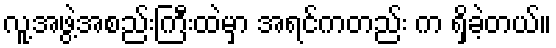
လူ့အဖွဲ့အစည်းကြီးထဲမှာ အရင်ကတည်း က ရှိခဲ့တယ်။